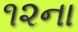
૧૨ના